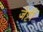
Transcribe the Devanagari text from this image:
जेट्ठी